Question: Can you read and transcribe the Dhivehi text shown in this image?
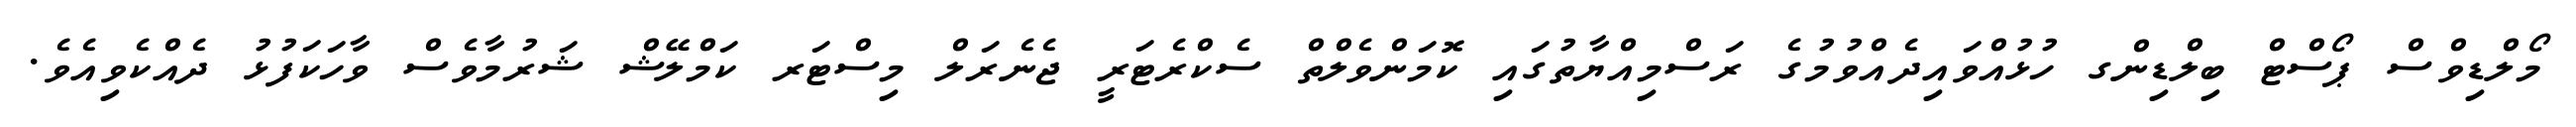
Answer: މޯލްޑިވްސް ޕޯސްޓް ބިލްޑިންގ ހުޅުއްވައިދެއްވުމުގެ ރަސްމިއްޔާތުގައި ކޮމަންވެލްތް ސެކްރެޓަރީ ޖެނެރަލް މިސްޓަރ ކަމްލޭޝް ޝަރުމާވެސް ވާހަކަފުޅު ދެއްކެވިއެވެ.